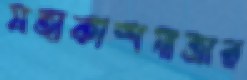
মহাকাশযাত্রার